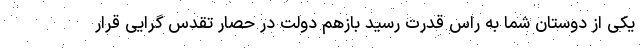
یکی از دوستان شما به راس قدرت رسید بازهم دولت در حصار تقدس گرایی قرار